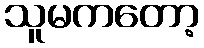
သူမကတော့